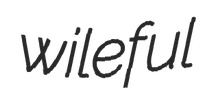
wileful